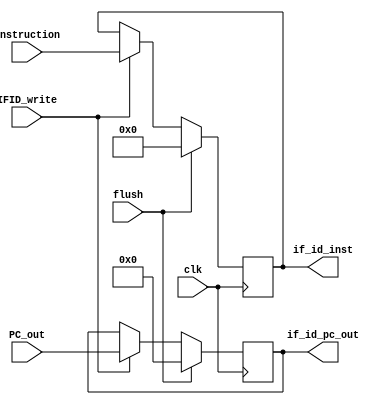
`timescale 1ns / 1ps
//////////////////////////////////////////////////////////////////////////////////
// Company: 
// Engineer: 
// 
// Design Name: 
// Module Name: IF_ID
// Project Name: 
// Target Devices: 
// Tool Versions: 
// Description: 
// 
// Dependencies: 
// 
// Revision:
// Revision 0.01 - File Created
// Additional Comments:
// 
//////////////////////////////////////////////////////////////////////////////////


module IF_ID(
    input clk, 
    input flush,
    input IFID_write,
    input [63:0] PC_out,
    input [31:0] Instruction,
    output reg [63:0] if_id_pc_out,
    output reg [31:0] if_id_inst
    );
    always @(posedge clk) begin
        if (flush) begin
            // Reset stored values
            if_id_pc_out = 0;
            if_id_inst = 0;
            end
        else if (!IFID_write)begin
            // Preserve
            if_id_pc_out = if_id_pc_out;
            if_id_inst = if_id_inst;
        end
        else begin
            if_id_pc_out = PC_out;
            if_id_inst = Instruction;
            end
    end
endmodule